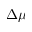
\Delta \mu